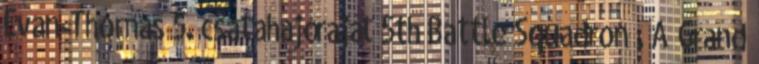
Evan-Thomas 5. csatahajóraját 5th Battle Squadron . A Grand